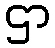
ဌာ